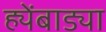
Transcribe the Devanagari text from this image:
ह्येंबाड्या